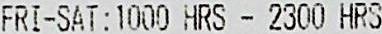
FRI-SAT:1000 HRS - 2300 HRS